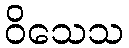
ဝိသေသ